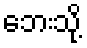
ဘေးသို့